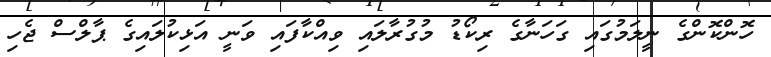
ހޮންކޮންގެ ނީލަމުގައި ގަހަނާގެ ރިކޯޑު މުގުރާލައި ވިއްކާފައި ވަނީ އަޅިކުލައިގެ ޕާލްސް ޖެހި